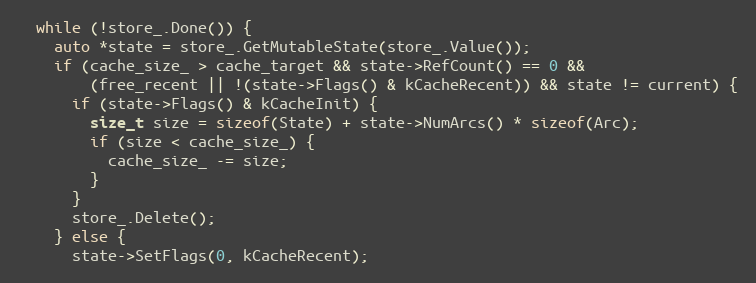
Language: C
  while (!store_.Done()) {
    auto *state = store_.GetMutableState(store_.Value());
    if (cache_size_ > cache_target && state->RefCount() == 0 &&
        (free_recent || !(state->Flags() & kCacheRecent)) && state != current) {
      if (state->Flags() & kCacheInit) {
        size_t size = sizeof(State) + state->NumArcs() * sizeof(Arc);
        if (size < cache_size_) {
          cache_size_ -= size;
        }
      }
      store_.Delete();
    } else {
      state->SetFlags(0, kCacheRecent);